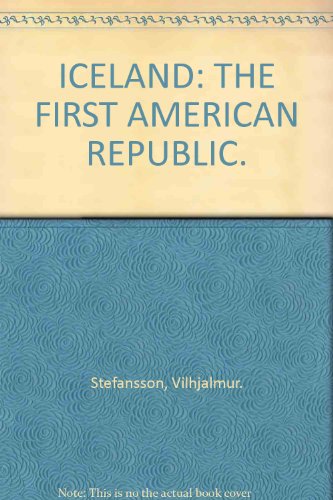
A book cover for Iceland, the first American republic; Vilhjalmur Stefansson; Travel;